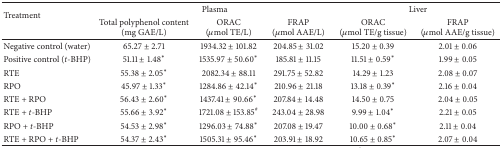
| <ROWSPAN=2> Treatment | <COLSPAN=3> Plasma | <COLSPAN=2> Liver |
 | Total polyphenol content (mg GAE/L) | ORAC(μmol TE/L) | FRAP (μmol AAE/L) | ORAC(μmol TE/g tissue) | FRAP(μmol AAE/g tissue) |
 | --- | --- | --- | --- | --- | --- |
 | Negative control (water) | 65.27 ± 2.71 | 1934.32 ± 101.82 | 204.85 ± 31.02 | 15.20 ± 0.39 | 2.01 ± 0.06 |
 | Positive control (t-BHP) | 51.11 ± 1.48* | 1535.97 ± 50.60* | 185.81 ± 11.15 | 11.51 ± 0.59* | 1.99 ± 0.05 |
 | RTE | 55.38 ± 2.05* | 2082.34 ± 88.11 | 291.75 ± 52.82 | 14.29 ± 1.23 | 2.08 ± 0.07 |
 | RPO | 45.97 ± 1.33* | 1284.86 ± 42.14* | 210.96 ± 21.18 | 13.18 ± 0.39* | 2.16 ± 0.04 |
 | RTE + RPO | 56.43 ± 2.60* | 1437.41 ± 90.66* | 207.84 ± 14.48 | 14.50 ± 0.75 | 2.04 ± 0.05 |
 | RTE + t-BHP | 55.66 ± 3.92* | 1721.08 ± 153.85# | 243.04 ± 28.98 | 9.99 ± 1.04* | 2.21 ± 0.05 |
 | RPO + t-BHP | 54.53 ± 2.98* | 1296.03 ± 74.88* | 207.08 ± 19.47 | 10.00 ± 0.68* | 2.11 ± 0.04 |
 | RTE + RPO + t-BHP | 54.37 ± 2.43* | 1505.31 ± 95.46* | 203.91 ± 18.92 | 10.65 ± 0.85* | 2.07 ± 0.04 |